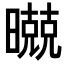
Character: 𣋢